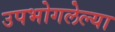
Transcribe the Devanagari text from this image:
उपभोगलेल्या